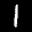
Label: 1